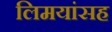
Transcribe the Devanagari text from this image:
लिमयांसह